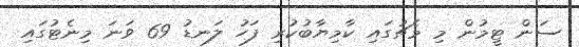
ސަން ޓީމުން މި މެޗުގައި ކާމިޔާބުކުރި ފަހު ލަނޑު 69 ވަނަ މިނެޓުގައި